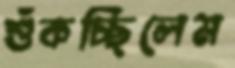
শুঁকচ্ছিলেম